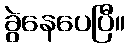
ခွဲနေပေပြီ။